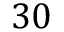
3 0